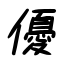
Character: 優